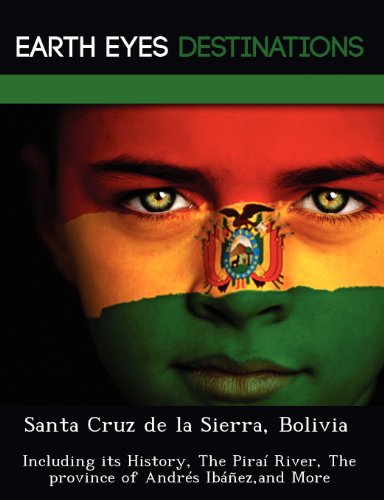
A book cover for Santa Cruz de la Sierra, Bolivia: Including its History, The PiraÃ­ River, The province of AndrÃ©s IbÃ¡Ã±ez,and More; Sam Night; Travel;